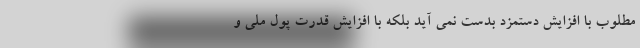
مطلوب با افزایش دستمزد بدست نمی آید بلکه با افزایش قدرت پول ملی و